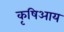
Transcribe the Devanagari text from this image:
कृषिआय